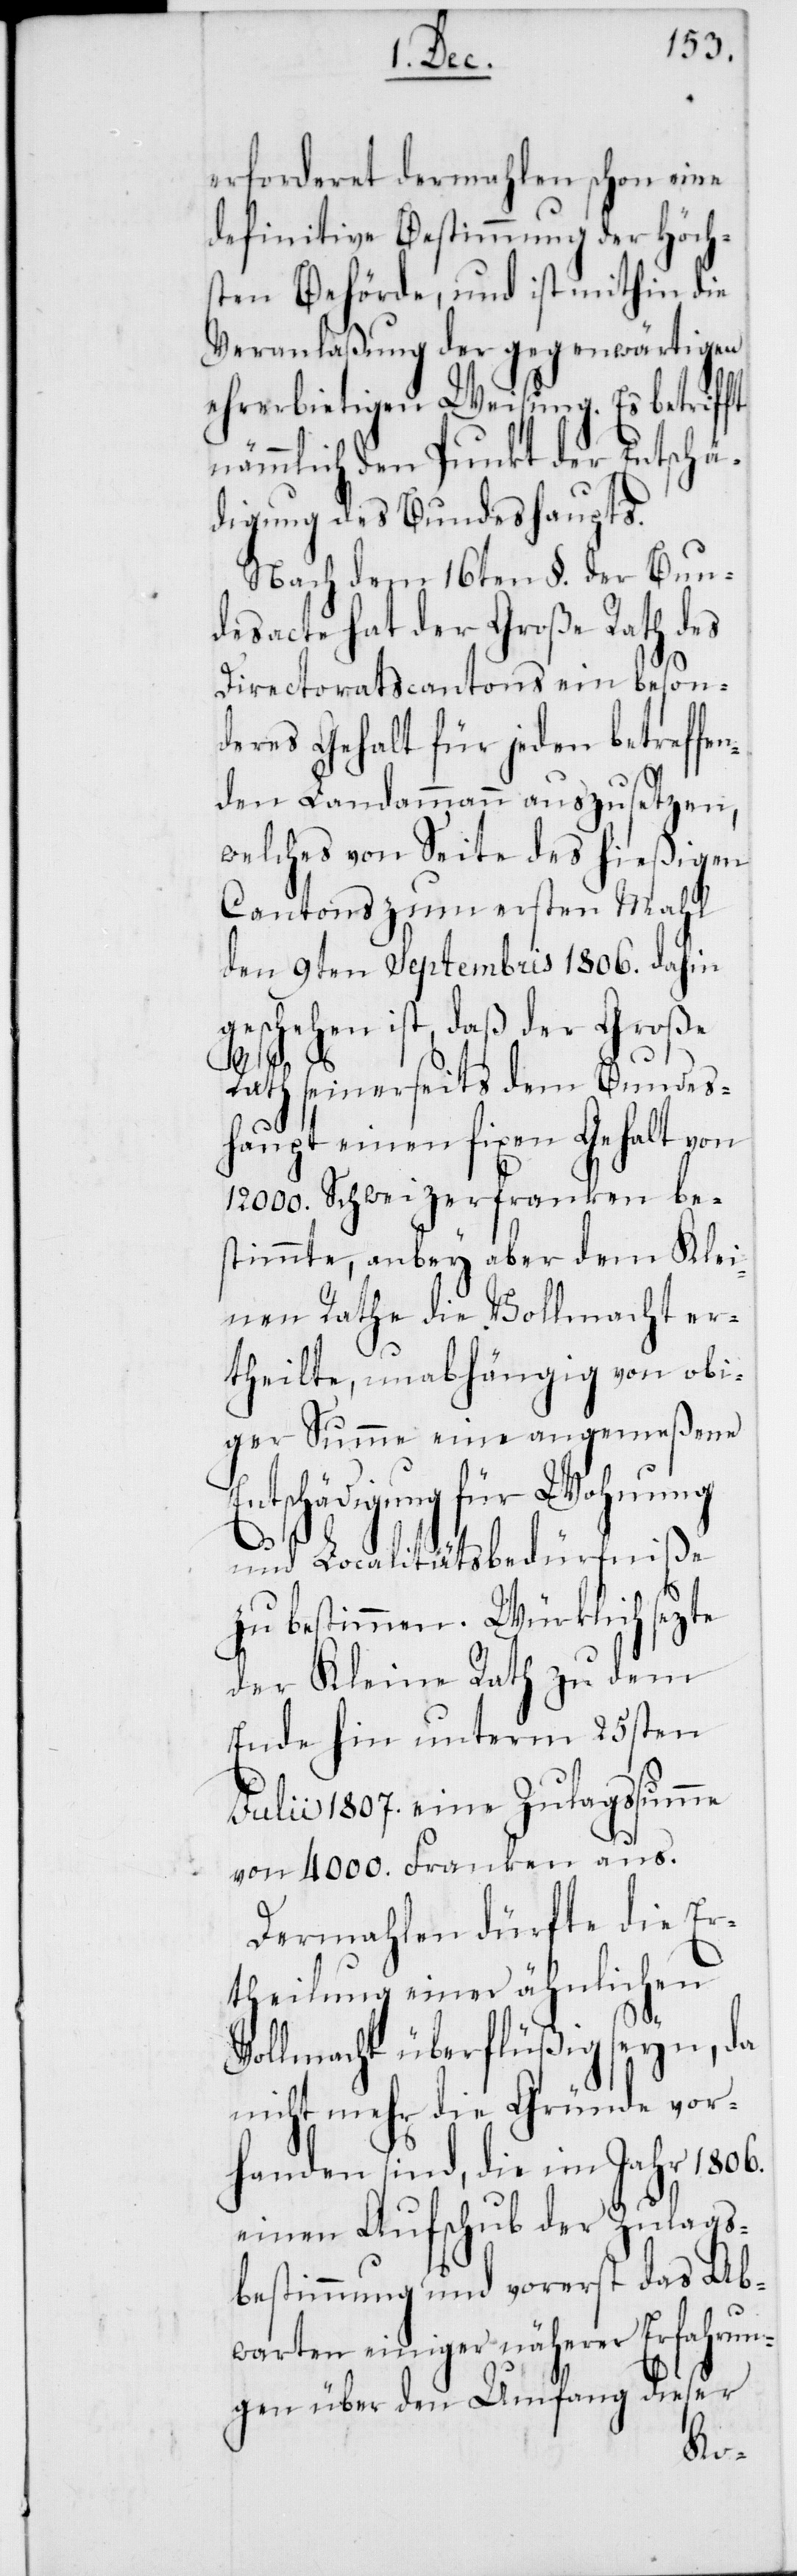
dieser
erforderet dermahlen schon eine
definitive Bestimmung der Höch¬
sten Behörde, und ist mithin die
Veranlaßung der gegenwärtigen
ehrerbietigen Weisung. Es betrifft
nämmlich den Punkt der Entschä¬
digung des Bundeshaupts.
Nach dem 16ten §. der Bun¬
desacte hat der Große Rath des
gs¬
Directoratscantons ein beson¬
deres Gehalt für jeden betreffen¬
den Landammann auszusetzen,
welches von Seite des hießigen
Cantons zum ersten Mahl
den 9ten Septembris 1806. dahin
geschehen ist, daß der Große
Rath seinerseits dem Bundes¬
haupt einen fixen Gehalt von
12 000. Schweizerfranken be¬
stimmte, anbey aber dem Klei¬
nen Rathe die Vollmacht er¬
theilte, unabhängig von obi¬
ger Summe eine angemeßene
Entschädigung für Wohnung
und Localitätsbedürfniße
zu bestimmen. Würklich sezte
der Kleine Rath zu dem
Ende hin unterm 25sten
Julii 1807. eine Zulagssumme
von 4000. Franken aus.
Dermahlen dürfte die
Ertheilung einer ähnli¬
Vollmacht überflüßig s¬
nicht mehr die Gründe
handen sind, die im Jahr
einen Aufschub der Zula¬
bestimmung und vorerst das
Abwarten einiger näh¬
gen über den